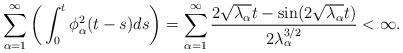
LaTeX: \begin{align*}\sum_{\alpha=1}^\infty \bigg( \int_0^t \phi_\alpha^2(t-s)ds \bigg)=\sum_{\alpha=1}^\infty\frac{2\sqrt{\lambda_\alpha}t-\sin(2\sqrt{\lambda_\alpha}t)}{2\lambda_\alpha^{3/2}} <\infty.\end{align*}